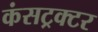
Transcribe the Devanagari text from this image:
कंसट्रक्टर